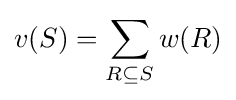
v(S)=\sum _{R\subseteq S}w(R)